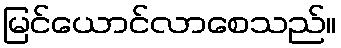
မြင်ယောင်လာစေသည်။